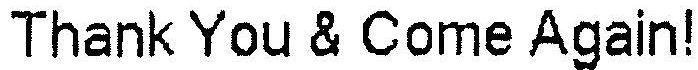
THANK YOU & COME AGAIN!